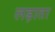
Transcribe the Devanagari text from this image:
लड़ाता